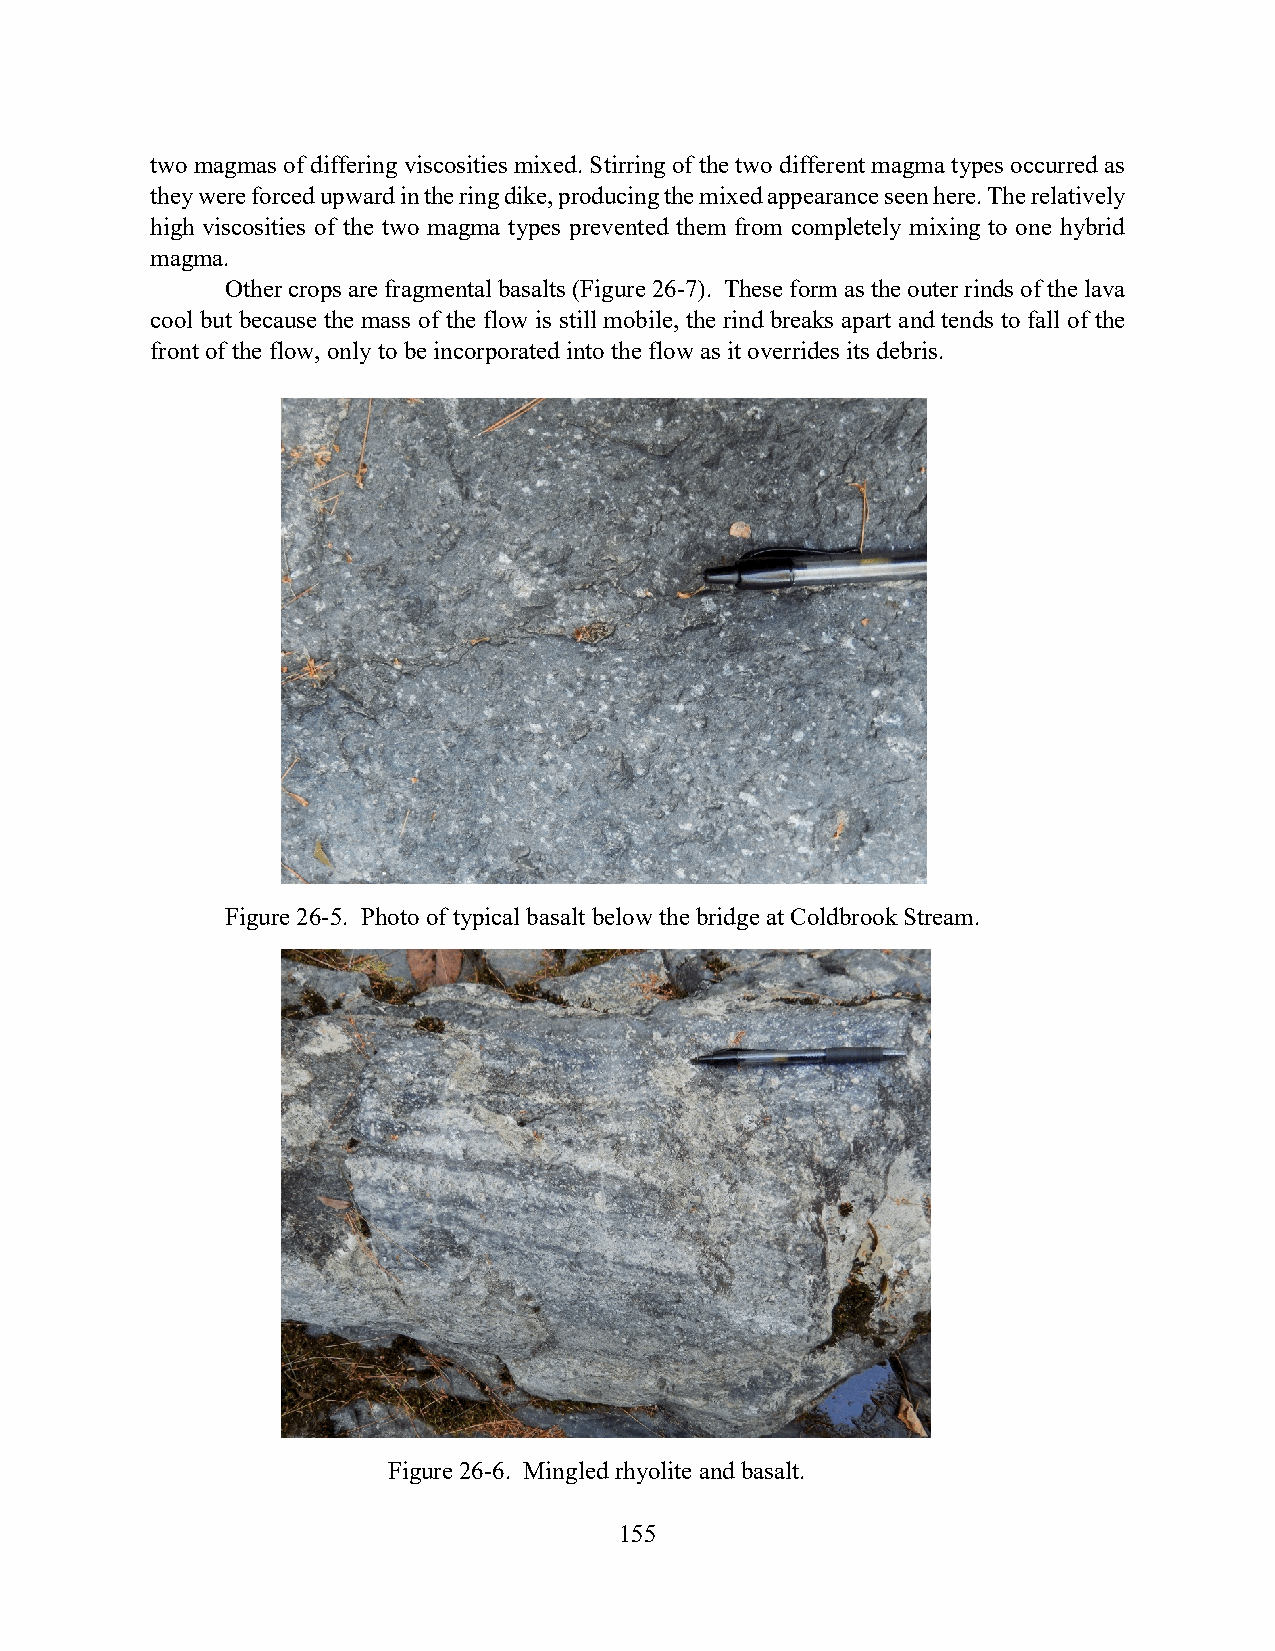
two magmas of differing viscosities mixed. Stirring of the two different magma types occurred as
 they were forced upward in the ring dike, producing the mixed appearance seen here. The relatively
 high viscosities of the two magma types prevented them from completely mixing to one hybrid
 magma.
 Other crops are fragmental basalts (Figure 26-7). These form as the outer rinds of the lava
 cool but because the mass of the flow is still mobile, the rind breaks apart and tends to fall of the
 front of the flow, only to be incorporated into the flow as it overrides its debris.
 Figure 26-5. Photo of typical basalt below the bridge at Coldbrook Stream.
 Figure 26-6. Mingled rhyolite and basalt.
 155